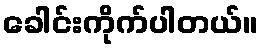
ခေါင်းကိုက်ပါတယ်။